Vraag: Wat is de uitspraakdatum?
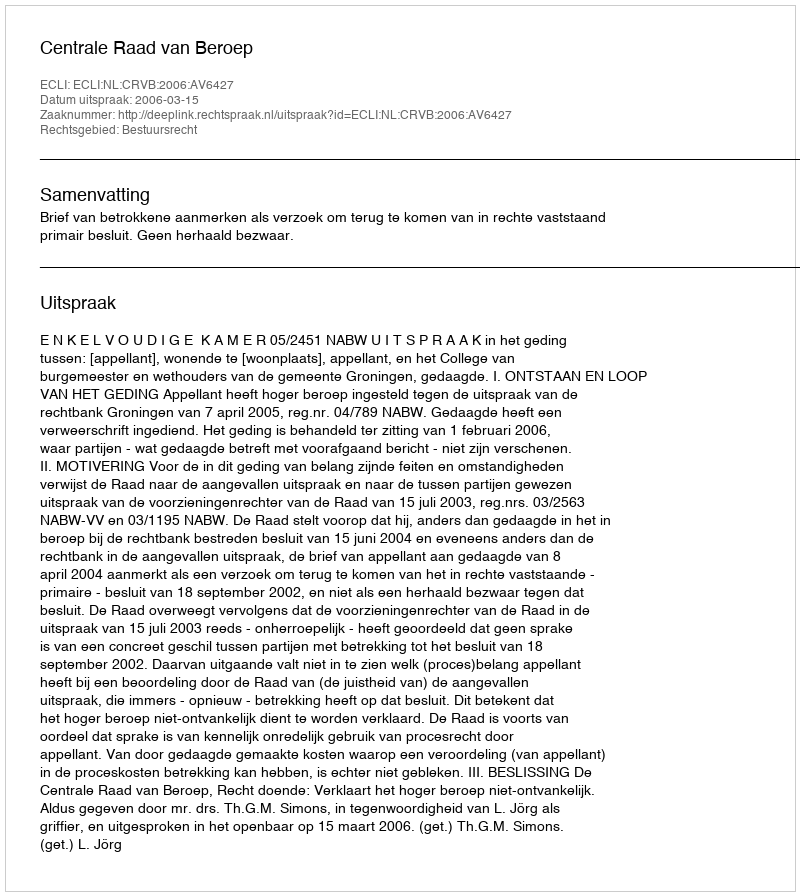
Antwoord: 2006-03-15